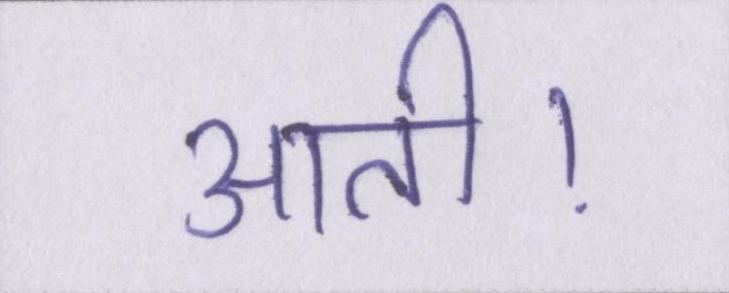
आती।